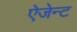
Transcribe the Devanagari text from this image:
ऐजेन्‍ट